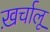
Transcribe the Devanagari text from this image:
ख़र्चालू